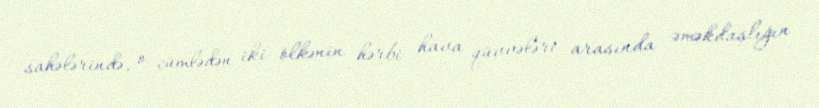
sahələrində, o cümlədən iki ölkənin hərbi hava qüvvələri arasında əməkdaşlığın